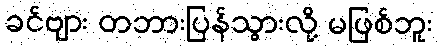
ခင်ဗျား တဘားပြန်သွားလို့ မဖြစ်ဘူး